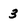
Character: 3